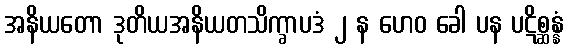
အနိယတော ဒုတိယအနိယတသိက္ခာပဒံ ၂ န ဟေဝ ခေါ ပန ပဋိစ္ဆန္နံ